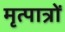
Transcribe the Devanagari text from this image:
मृत्पात्रों